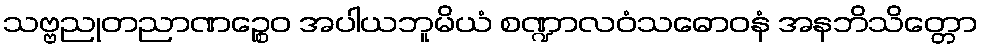
သဗ္ဗညုတညာဏဉ္စေဝ အပါယဘူမိယံ စဏ္ဍာလဝံသဓောဝနံ အနဘိသိတ္တော